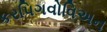
કરપિગવોવિઅન